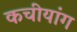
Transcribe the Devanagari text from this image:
कचीयांग